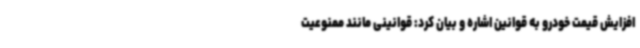
افزایش قیمت خودرو به قوانین اشاره و بیان کرد: قوانینی مانند ممنوعیت